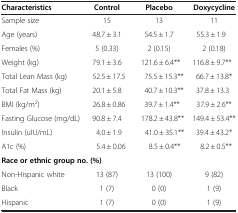
<table><thead><tr><td><b>Characteristics</b></td><td><b>Control</b></td><td><b>Placebo</b></td><td><b>Doxycycline</b></td></tr></thead><tbody><tr><td>Sample size</td><td>15</td><td>13</td><td>11</td></tr><tr><td>Age (years)</td><td>48.7 ± 3.1</td><td>54.5 ± 1.7</td><td>55.3 ± 1.9</td></tr><tr><td>Females (%)</td><td>5 (0.33)</td><td>2 (0.15)</td><td>2 (0.18)</td></tr><tr><td>Weight (kg)</td><td>79.1 ± 3.6</td><td>121.6 ± 6.4**</td><td>116.8 ± 9.7**</td></tr><tr><td>Total Lean Mass (kg)</td><td>52.5 ± 17.5</td><td>75.5 ± 15.3**</td><td>66.7 ± 13.8*</td></tr><tr><td>Total Fat Mass (kg)</td><td>20.1 ± 5.8</td><td>40.7 ± 10.3**</td><td>37.8 ± 13.3</td></tr><tr><td>BMI (kg/m<sup>2</sup>)</td><td>26.8 ± 0.86</td><td>39.7 ± 1.4**</td><td>37.9 ± 2.6**</td></tr><tr><td>Fasting Glucose (mg/dL)</td><td>90.8 ± 7.4</td><td>178.2 ± 43.8**</td><td>149.4 ± 53.4**</td></tr><tr><td>Insulin (uIU/mL)</td><td>4.0 ± 1.9</td><td>41.0 ± 35.1**</td><td>39.4 ± 43.2*</td></tr><tr><td>A1c (%)</td><td>5.4 ± 0.06</td><td>8.5 ± 0.4**</td><td>8.2 ± 0.5**</td></tr><tr><td colspan="4"><b>Race or ethnic group no. (%)</b></td></tr><tr><td>Non-Hispanic white</td><td>13 (87)</td><td>13 (100)</td><td>9 (82)</td></tr><tr><td>Black</td><td>1 (7)</td><td>0 (0)</td><td>1 (9)</td></tr><tr><td>Hispanic</td><td>1 (7)</td><td>0 (0)</td><td>1 (9)</td></tr></tbody></table>